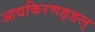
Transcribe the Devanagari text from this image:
आद्यकिरणङ्ङल्